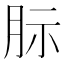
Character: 䏡